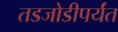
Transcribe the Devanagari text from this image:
तडजोडीपर्यंत